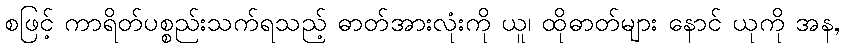
စဖြင့် ကာရိတ်ပစ္စည်းသက်ရသည့် ဓာတ်အားလုံးကို ယူ၊ ထိုဓာတ်များ နောင် ယုကို အန,